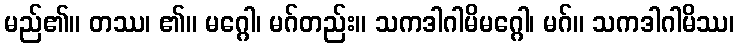
မည်၏။ တဿ၊ ၏။ မဂ္ဂေါ၊ မဂ်တည်း။ သကဒါဂါမိမဂ္ဂေါ၊ မဂ်။ သကဒါဂါမိဿ၊